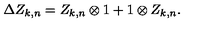
\Delta Z _ { k , n } = Z _ { k , n } \otimes 1 + 1 \otimes Z _ { k , n } .